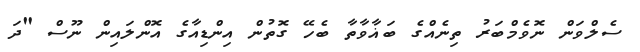
ސެލްވަން ނޮވެމްބަރު ތިނެއްގެ ބަޣާވާތާ ބެހޭ ގޮތުން އިންޑިއާގެ އޮންލައިން ނޫސް "ދަ